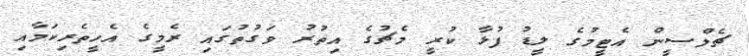
ޗެލްސީން އެޓީމުގެ ލީޑު ފުޅާ ކުރީ މެޗުގެ އިތުރު ވަގުތުގައި ރެމީގެ އެހީތެރިކަމާއި